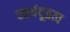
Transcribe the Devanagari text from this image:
स्वयंदूतत्व